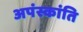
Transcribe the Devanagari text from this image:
अपंस्कांति